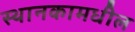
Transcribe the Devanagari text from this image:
स्थानकामधील